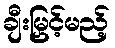
ချီးမြှင့်မည့်